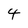
Character: 4